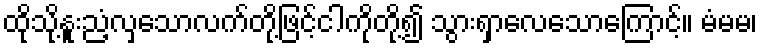
ထိုသို့နူးညံ့လှသောလက်တို့ဖြင့်ငါကိုတို့၍ သွားရှာလေသောကြောင့်။ မံမမ၊